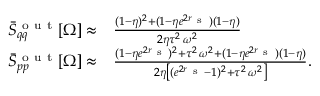
\begin{array} { r l } { \bar { S } _ { q q } ^ { \mathrm { ~ o ~ u ~ t ~ } } [ \Omega ] \approx } & { { } \frac { ( 1 - \eta ) ^ { 2 } + ( 1 - \eta e ^ { 2 r _ { \mathrm { ~ s ~ } } } ) ( 1 - \eta ) } { 2 \eta \tau ^ { 2 } \, \omega ^ { 2 } } } \\ { \bar { S } _ { p p } ^ { \mathrm { ~ o ~ u ~ t ~ } } [ \Omega ] \approx } & { { } \frac { ( 1 - \eta e ^ { 2 r _ { \mathrm { ~ s ~ } } } ) ^ { 2 } + \tau ^ { 2 } \, \omega ^ { 2 } + ( 1 - \eta e ^ { 2 r _ { \mathrm { ~ s ~ } } } ) ( 1 - \eta ) } { 2 \eta \left[ ( e ^ { 2 r _ { \mathrm { ~ s ~ } } } - 1 ) ^ { 2 } + \tau ^ { 2 } \, \omega ^ { 2 } \right] } . } \end{array}